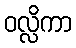
ဝလ္လိကာ